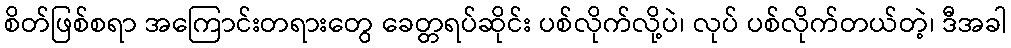
စိတ်ဖြစ်စရာ အကြောင်းတရားတွေ ခေတ္တရပ်ဆိုင်း ပစ်လိုက်လို့ပဲ၊ လုပ် ပစ်လိုက်တယ်တဲ့၊ ဒီအခါ